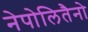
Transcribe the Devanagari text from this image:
नेपोलितैनो